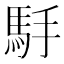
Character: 𱄒